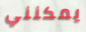
يمكنني